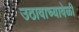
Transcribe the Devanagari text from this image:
उठावाच्यावेळी